Report on vaccination in the Province of Bengal - 1874-1889
Year: 1874
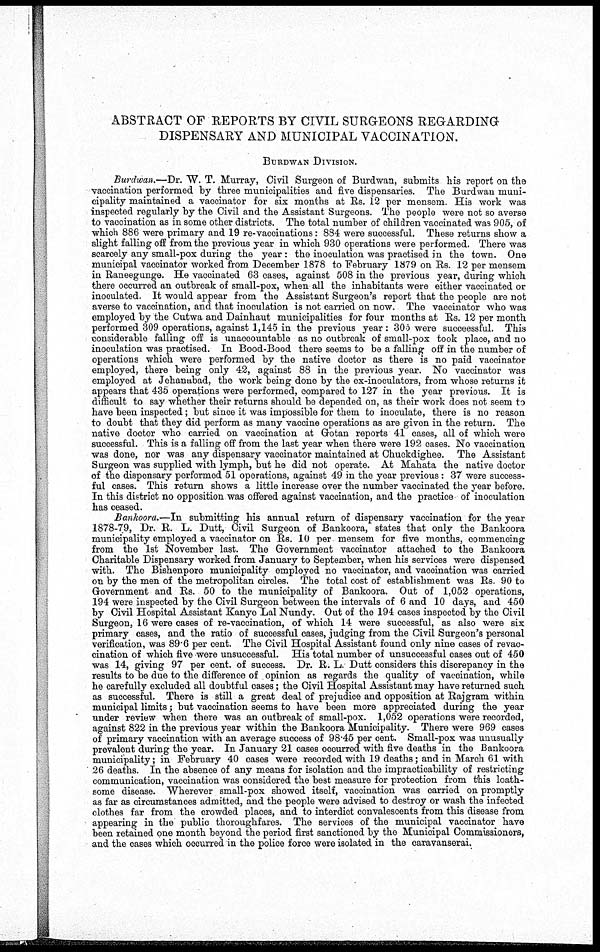
ABSTRACT OF REPORTS BY CIVIL SURGEONS REGARDING
DISPENSARY AND MUNICIPAL VACCINATION.
BURDWAN DIVISION.
Burdwan.—Dr. W. T. Murray, Civil Surgeon of Burdwan, submits his report on the
vaccination performed by three municipalities and five dispensaries. The Burdwan muni-
cipality maintained a vaccinator for six months at Rs. 12 per mensem His work was
inspected regularly by the Civil and the Assistant Surgeons. The people were not so averse
to vaccination as in some other districts. The total number of children vaccinated was 905, of
which 886 were primary and 19 re-vaccinations: 884 were successful. These returns show a
slight falling off from the previous year in which 930 operations were performed. There was
scarcely any small-pox during the year : the inoculation was practised in the town. One
municipal vaccinator worked from December 1878 to February 1879 on Rs. 12 per mensem
in Raneegunge. He vaccinated 63 cases, against 508 in the previous year, during which
there occurred an outbreak of small-pox, when all the inhabitants were either vaccinated or
inoculated. It would appear from the Assistant Surgeon's report that the people are not
averse to vaccination, and that inoculation is not carried on now. The vaccinator who was
employed by the Cutwa and Dainhaut municipalities for four months at Rs. 12 per month
performed 309 operations, against 1,145 in the previous year : 305 were succeessful. This
considerable falling off is unaccountable as no outbreak of small-pox took place, and no
inoculation was practised. In Bood-Bood there seems to be a falling off in the number of
operations which were performed by the native doctor as there is no paid vaccinator
employed, there being only 42, against 88 in the previous year. No vaccinator was
employed at Jehanabad, the work being done by the ex-inoculators, from whose returns it
appears that 435 operations were performed, compared to 127 in the year previous. It is
difficult to say whether their returns should be depended on, as their work does not seem to
have been inspected; but since it was impossible for them to inoculate, there is no reason
to doubt that they did perform as many vaccine operations as are given in the return. The
native doctor who carried on vaccination at Gotan reports 41 cases, all of which were
successful. This is a falling off from the last year when there were 192 cases. No vaccination
was done, nor was any dispensary vaccinator maintained at Chuckdighee. The Assistant
Surgeon was supplied with lymph, but he did not operate. At Mahata the native doctor
of the dispensary performed 51 operations, against 49 in the year previous: 37 were success-
ful cases. This return shows a little increase over the number vaccinated the year before.
In this district no opposition was offered against vaccination, and the practice of inoculation
has ceased.
Bankoora.—In submitting his annual return of dispensary vaccination for the year
1878-79, Dr. R. L. Dutt, Civil Surgeon of Bankoora, states that only the Bankoora
municipality employed a vaccinator on Rs. 10 per mensem for five months, commencing
from the 1st November last. The Government vaccinator attached to the Bankoora
Charitable Dispensary worked from January to September, when his services were dispensed
with. The Bishenpore municipality employed no vaccinator, and vaccination was carried
on by the men of the metropolitan circles. The total cost of establishment was Rs 90 to
Government and Rs. 50 to the municipality of Bankoora. Out of 1,052 operations,
194 were inspected by the Civil Surgeon between the intervals of 6 and 10 days, and 450
by Civil Hospital Assistant Kanye Lal Nundy. Out of the 194 cases inspected by the Civil
Surgeon, 16 were cases of re-vaccination, of which 14 were successful, as also were six
primary cases, and the ratio of successful cases, judging from the Civil Surgeon's personal
verification, was 89.6 per cent. The Civil Hospital Assistant found only nine cases of revac-
cination of which five were unsuccessful. His total number of unsuccessful cases out of 450
was 14, giving 97 per cent. of success. Dr. R. L. Dutt considers this discrepancy in the
results to be due to the difference of opinion as regards the quality of vaccination, while
he carefully excluded all doubtful cases; the Civil Hospital Assistant may have returned such
as successful. There is still a great deal of prejudice and opposition at Rajgram within
municipal limits; but vaccination seems to have been more appreciated during the year
under review when there was an outbreak of small-pox. 1,052 operations were recorded,
against 822 in the previous year within the Bankoora Municipality. There were 969 cases
of primary vaccination with an average success of 98.45 per cent. Small-pox was unusually
prevalent during the year. In January 21 cases occurred with five deaths in the Bankoora
municipality; in February 40 cases were recorded with 19 deaths; and in March 61 with
26 deaths. In the absence of any means for isolation and the impracticability of restricting
communication, vaccination was considered the best measure for protection from this loath-
some disease. Wherever small-pox showed itself, vaccination was carried on promptly
as far as circumstances admitted, and the people were advised to destroy or wash the infected
clothes far from the crowded places, and to interdict convalescents from this disease from
appearing in the public thoroughfares. The services of the municipal vaccinator have
been retained one month beyond the period first sanctioned by the Municipal Commissioners,
and the cases which occurred in the police force were isolated in the caravanserai.